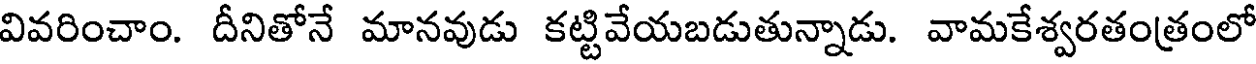
వివరించాం. దీనితోనే మానవుడు కట్టివేయబడుతున్నాడు. వామకేశ్వరతంత్రంలో